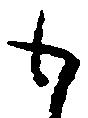
も